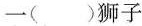
一()狮子